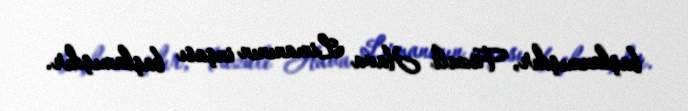
başlanmışdır, Füzuli Hava Limanının inşası başlamışdır.